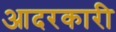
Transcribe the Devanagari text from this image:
आदरकारी